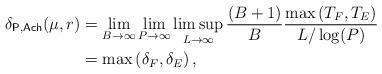
LaTeX: \begin{align*}\delta_{\mathsf{P,Ach}}(\mu,r) &= \lim_{B\rightarrow \infty}\lim_{P\rightarrow \infty} \limsup_{L\rightarrow \infty} \frac{(B+1)}{B}\frac{\max\left(T_F,T_E\right)}{L/\log(P)}\\& = \max\left(\delta_F,\delta_E\right),\end{align*}